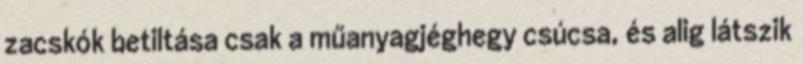
zacskók betiltása csak a műanyagjéghegy csúcsa, és alig látszik